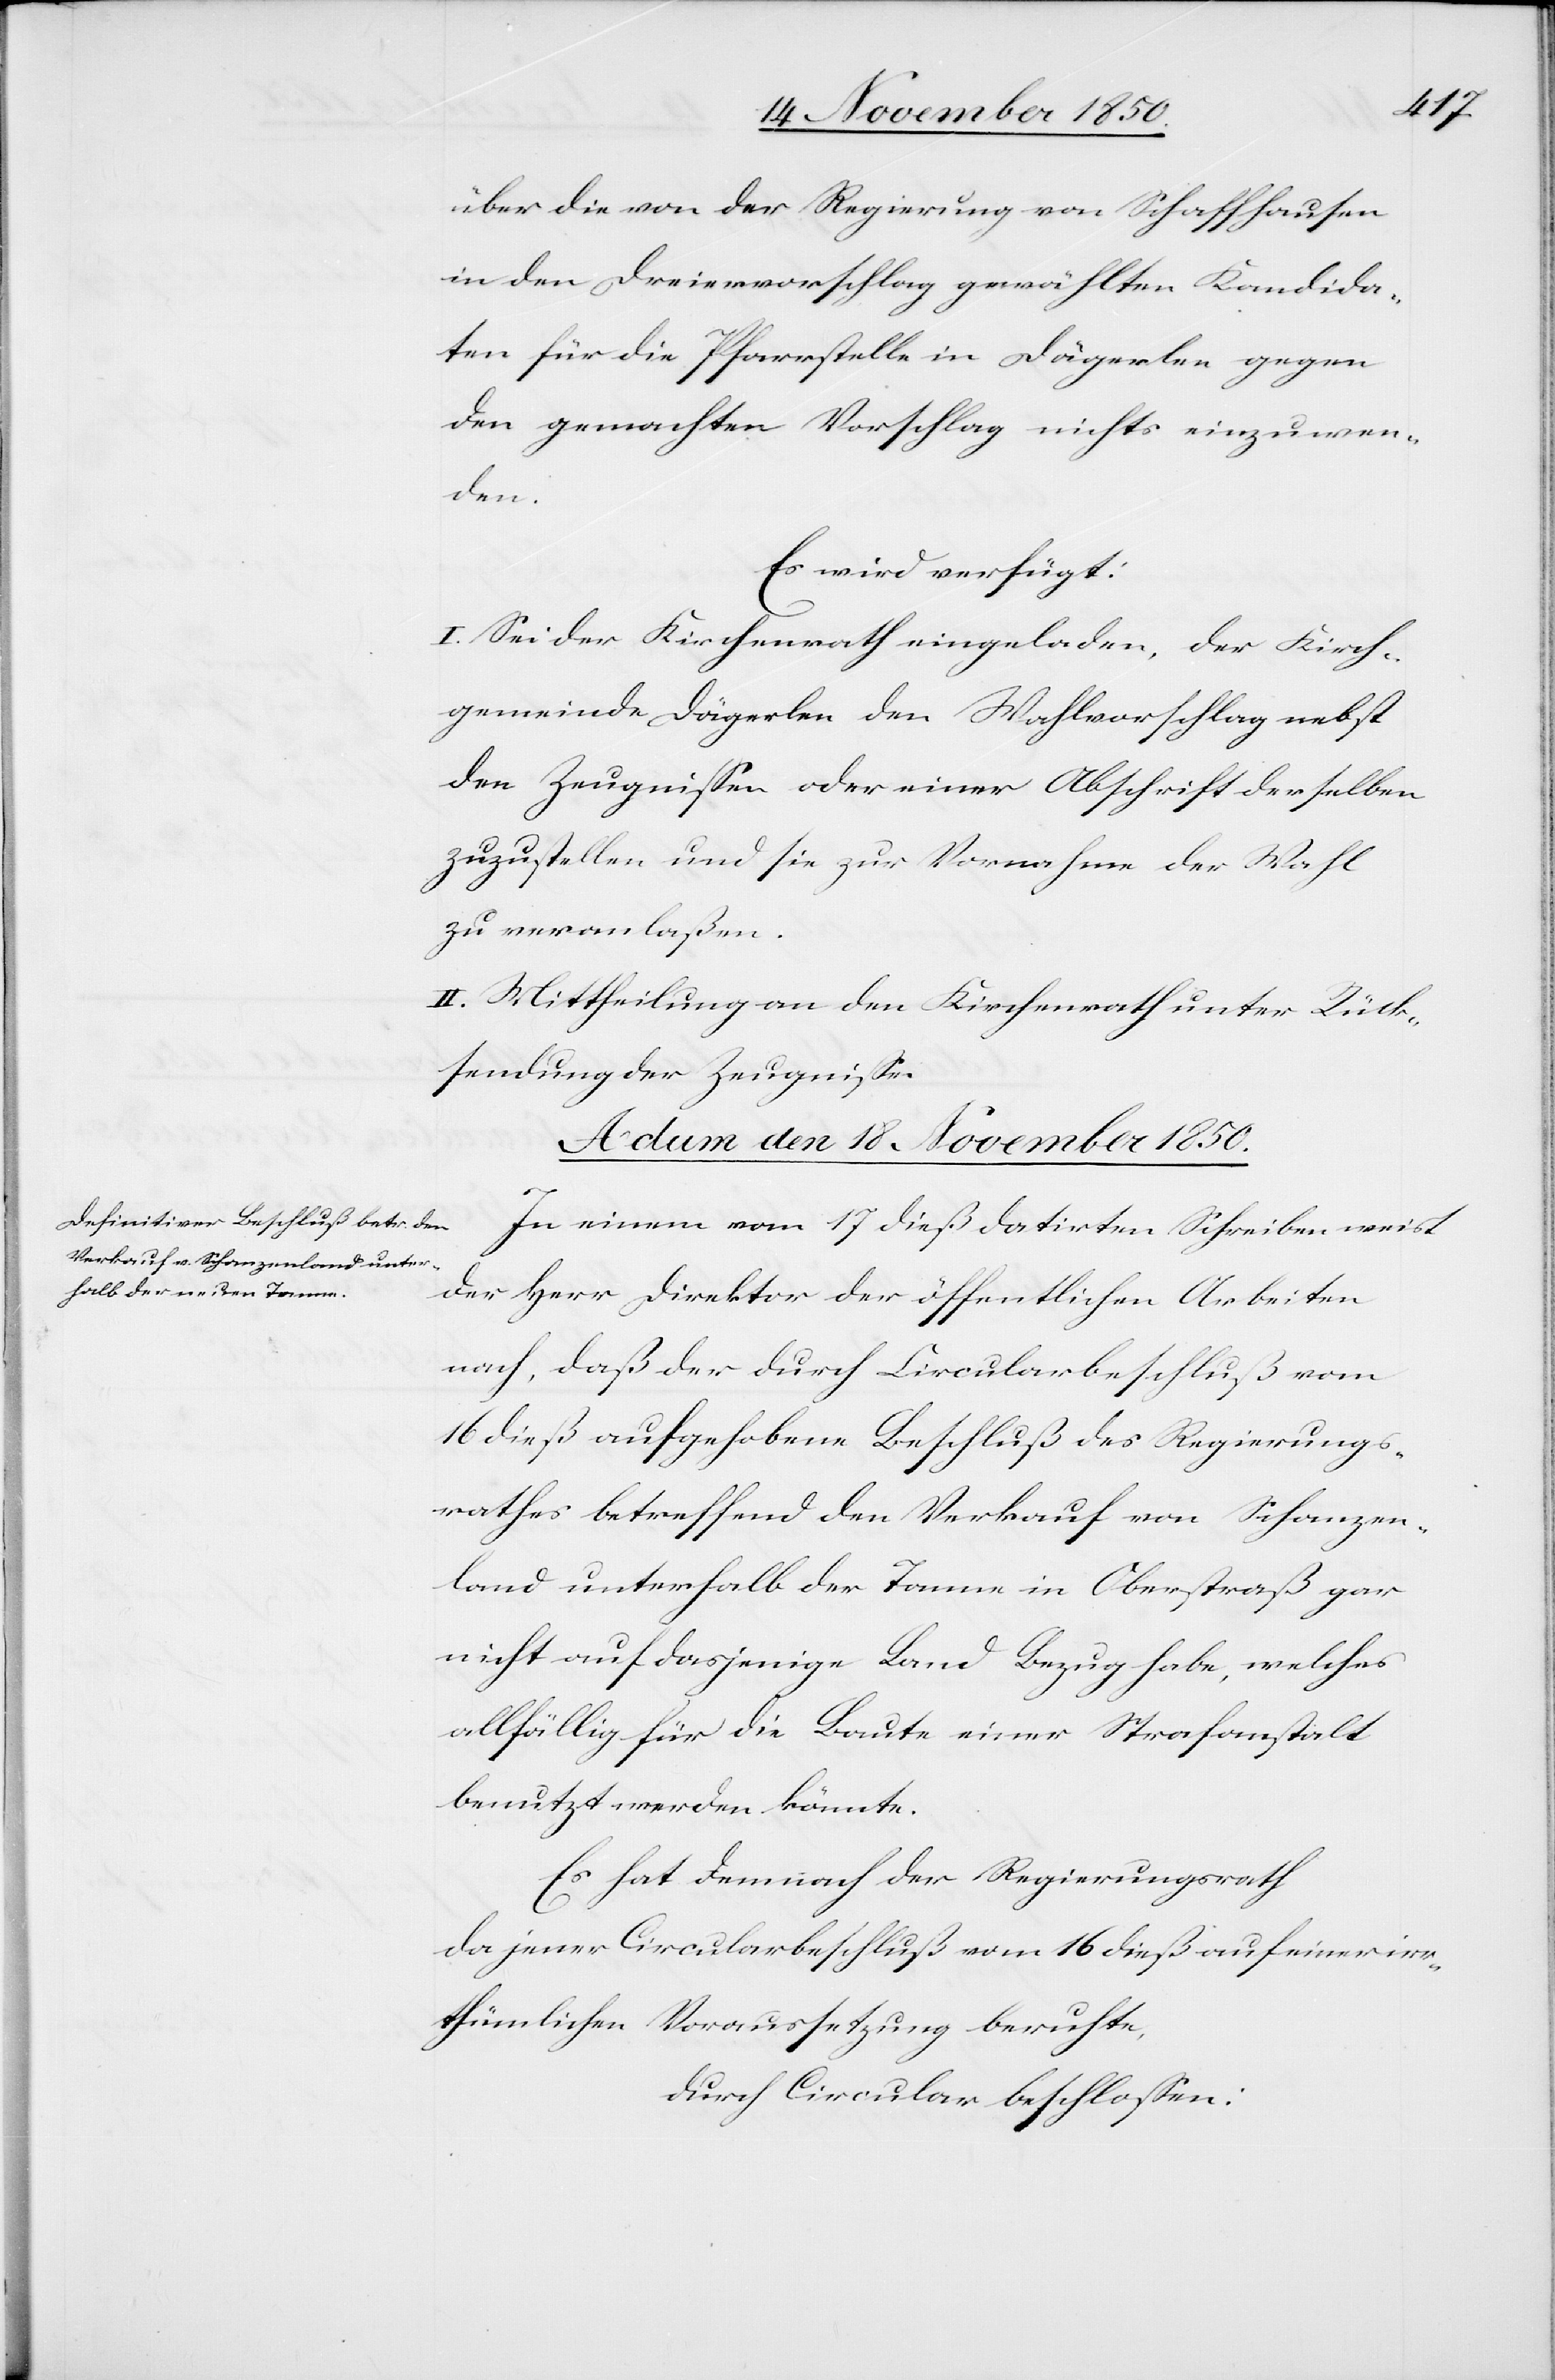
über die von der Regierung von Schaffhausen
in den Dreiervorschlag gewählten Kandida¬
ten für die Pfarrstelle in Dägerlen gegen
den gemachten Vorschlag nichts einzuwen¬
den.
Es wird verfügt:
I. Sei der Kirchenrath eingeladen, der Kirch¬
gemeinde Dägerlen den Wahlvorschlag nebst
den Zeugnissen oder einer Abschrift derselben
zuzustellen und sie zur Vornahme der Wahl
zu veranlaßen.
II. Mittheilung an den Kirchenrath unter Rück¬
sendung der Zeugnisse.
Actum den 18 November 1850.
In einem vom 17 dieß datirten Schreiben weist
der Herr Direktor der öffentlichen Arbeiten
nach, daß der durch Circularbeschluß vom
16 dieß aufgehobene Beschluß des Regierungs¬
rathes betreffend den Verkauf von Schanzen¬
land unterhalb der Tanne in Oberstraß gar
nicht auf dasjenige Land Bezug habe, welches
allfällig für die Baute einer Strafanstalt
benutzt werden könnte.
Es hat demnach der Regierungsrath
da jener Circularbeschluß vom 16 dieß auf einer irr¬
thümlichen Voraussetzung beruhte,
durch Circular beschlossen: